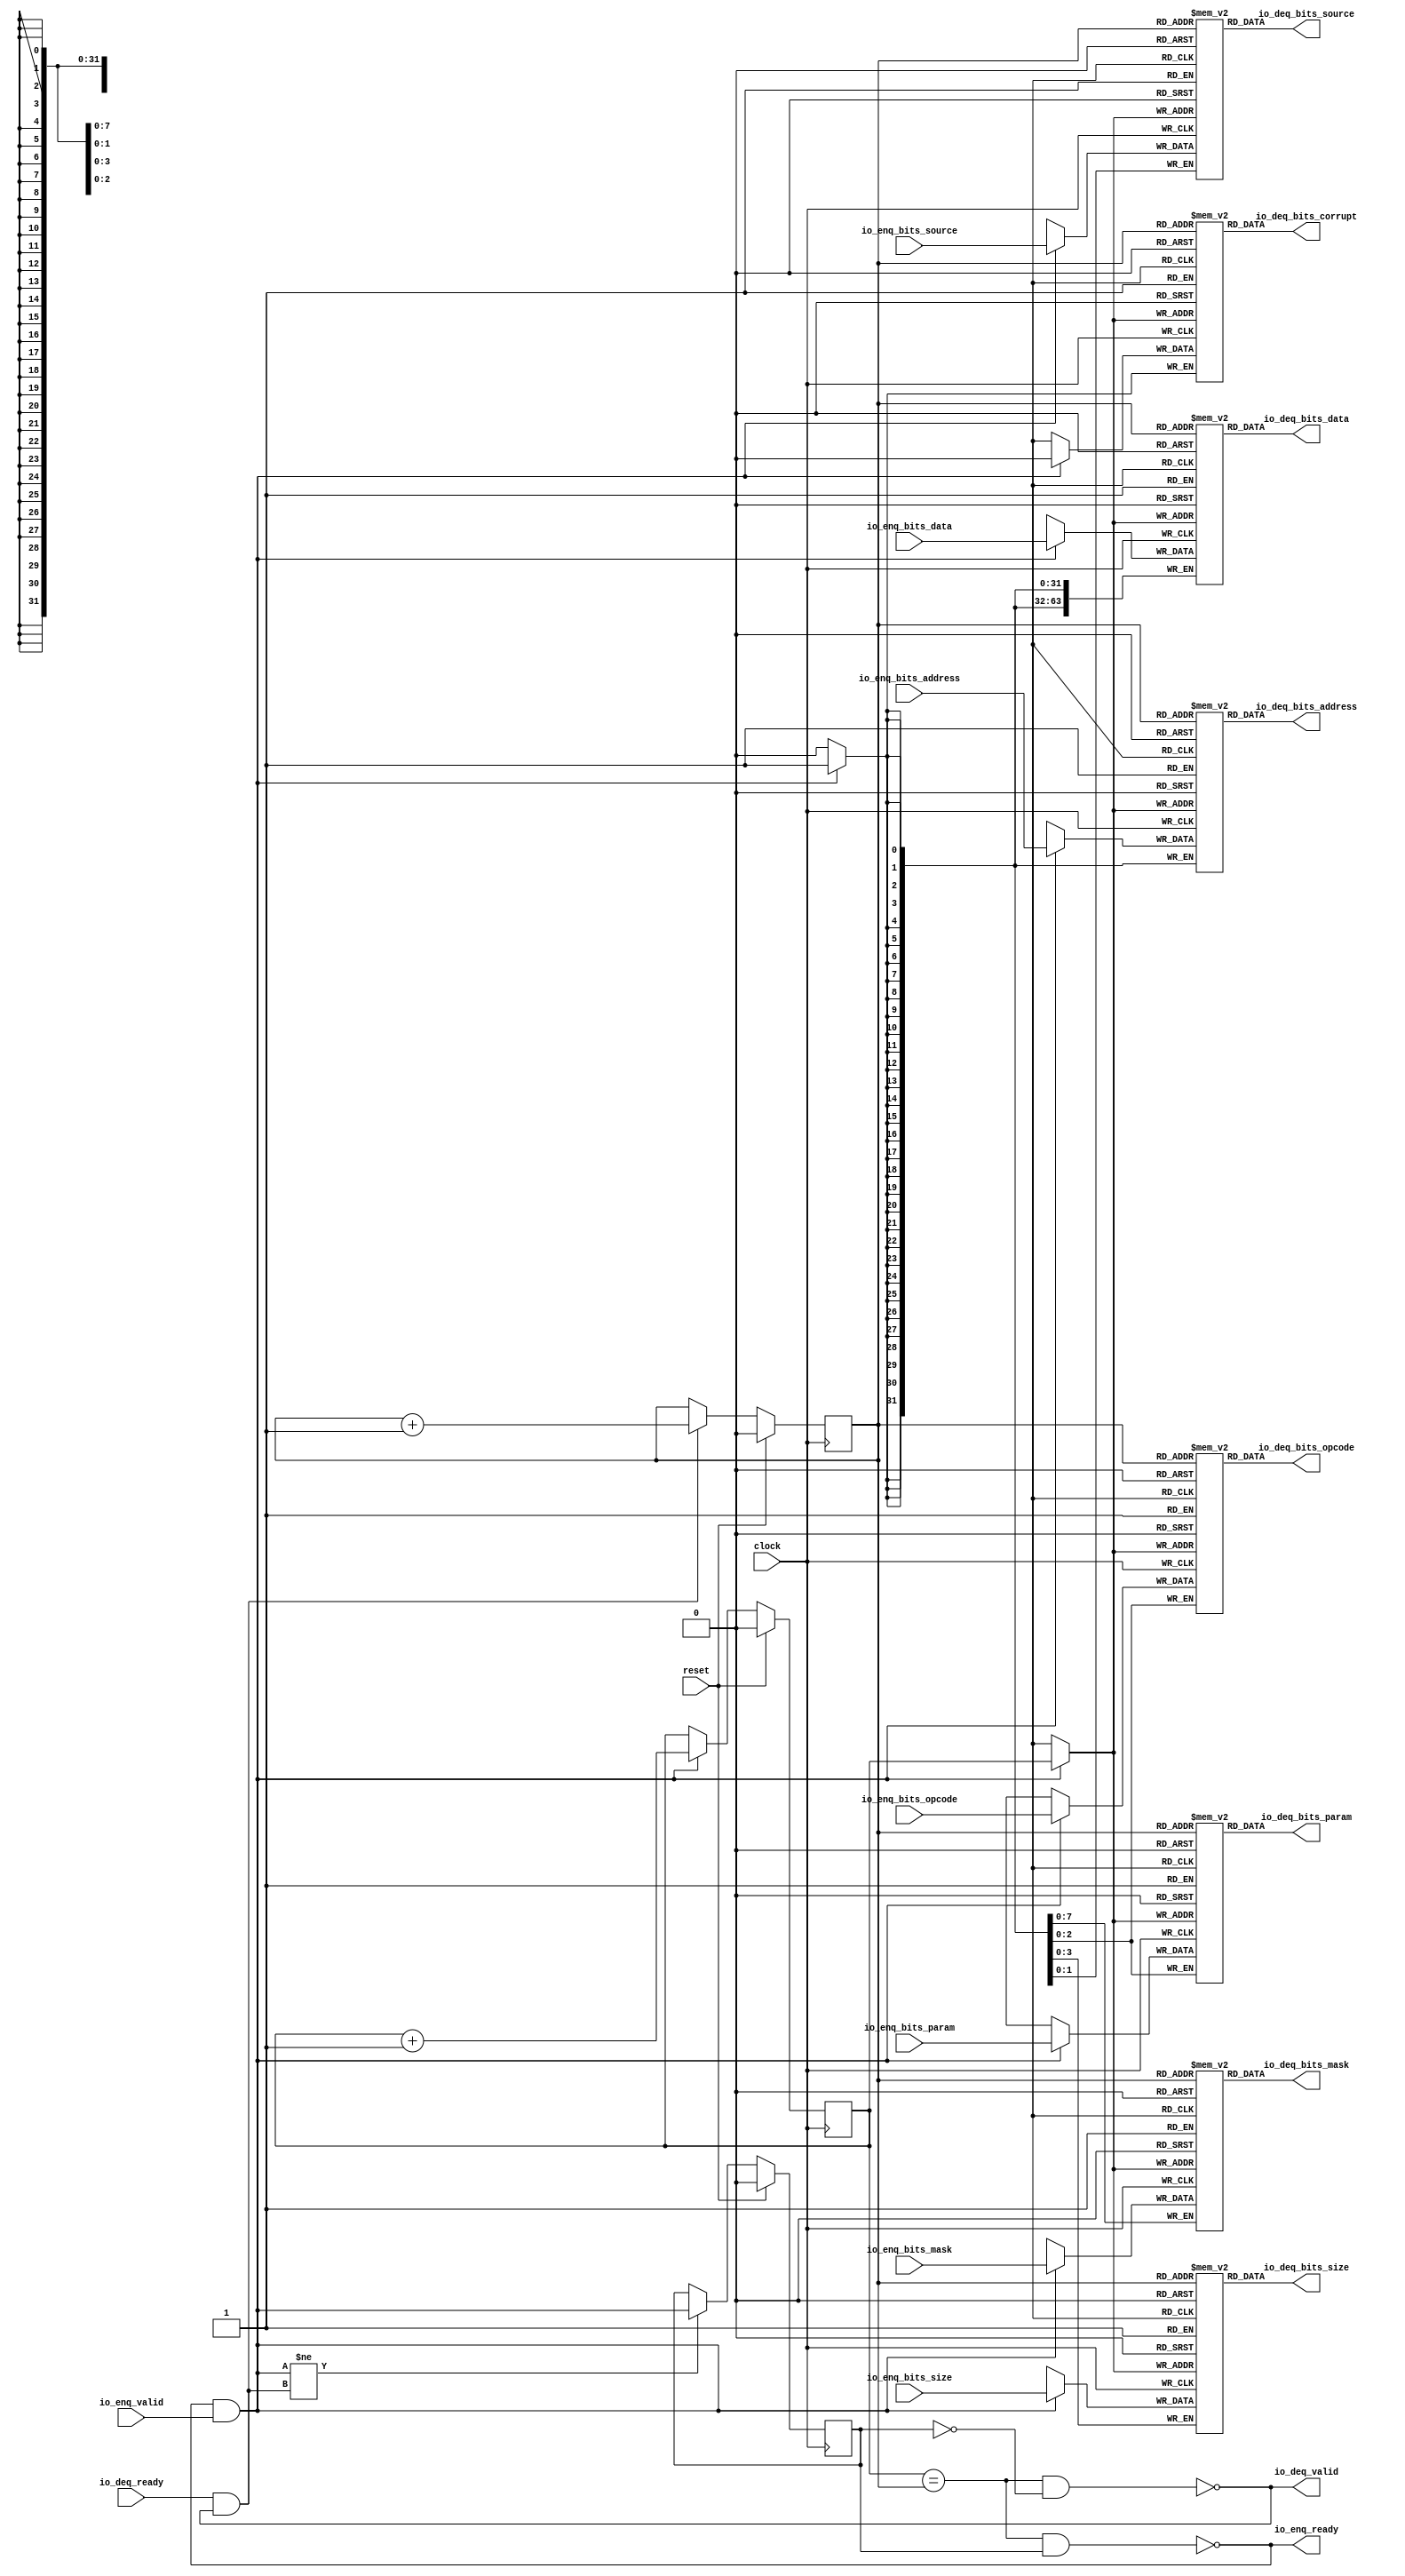
module Queue_32(
  input         clock,
  input         reset,
  output        io_enq_ready,
  input         io_enq_valid,
  input  [2:0]  io_enq_bits_opcode,
  input  [2:0]  io_enq_bits_param,
  input  [3:0]  io_enq_bits_size,
  input  [1:0]  io_enq_bits_source,
  input  [31:0] io_enq_bits_address,
  input  [7:0]  io_enq_bits_mask,
  input  [63:0] io_enq_bits_data,
  input         io_deq_ready,
  output        io_deq_valid,
  output [2:0]  io_deq_bits_opcode,
  output [2:0]  io_deq_bits_param,
  output [3:0]  io_deq_bits_size,
  output [1:0]  io_deq_bits_source,
  output [31:0] io_deq_bits_address,
  output [7:0]  io_deq_bits_mask,
  output [63:0] io_deq_bits_data,
  output        io_deq_bits_corrupt
);
`ifdef RANDOMIZE_MEM_INIT
  reg [31:0] _RAND_0;
  reg [31:0] _RAND_1;
  reg [31:0] _RAND_2;
  reg [31:0] _RAND_3;
  reg [31:0] _RAND_4;
  reg [31:0] _RAND_5;
  reg [63:0] _RAND_6;
  reg [31:0] _RAND_7;
`endif // RANDOMIZE_MEM_INIT
`ifdef RANDOMIZE_REG_INIT
  reg [31:0] _RAND_8;
  reg [31:0] _RAND_9;
  reg [31:0] _RAND_10;
`endif // RANDOMIZE_REG_INIT
  reg [2:0] ram_opcode [0:1]; // @[Decoupled.scala 259:95]
  wire  ram_opcode_io_deq_bits_MPORT_en; // @[Decoupled.scala 259:95]
  wire  ram_opcode_io_deq_bits_MPORT_addr; // @[Decoupled.scala 259:95]
  wire [2:0] ram_opcode_io_deq_bits_MPORT_data; // @[Decoupled.scala 259:95]
  wire [2:0] ram_opcode_MPORT_data; // @[Decoupled.scala 259:95]
  wire  ram_opcode_MPORT_addr; // @[Decoupled.scala 259:95]
  wire  ram_opcode_MPORT_mask; // @[Decoupled.scala 259:95]
  wire  ram_opcode_MPORT_en; // @[Decoupled.scala 259:95]
  reg [2:0] ram_param [0:1]; // @[Decoupled.scala 259:95]
  wire  ram_param_io_deq_bits_MPORT_en; // @[Decoupled.scala 259:95]
  wire  ram_param_io_deq_bits_MPORT_addr; // @[Decoupled.scala 259:95]
  wire [2:0] ram_param_io_deq_bits_MPORT_data; // @[Decoupled.scala 259:95]
  wire [2:0] ram_param_MPORT_data; // @[Decoupled.scala 259:95]
  wire  ram_param_MPORT_addr; // @[Decoupled.scala 259:95]
  wire  ram_param_MPORT_mask; // @[Decoupled.scala 259:95]
  wire  ram_param_MPORT_en; // @[Decoupled.scala 259:95]
  reg [3:0] ram_size [0:1]; // @[Decoupled.scala 259:95]
  wire  ram_size_io_deq_bits_MPORT_en; // @[Decoupled.scala 259:95]
  wire  ram_size_io_deq_bits_MPORT_addr; // @[Decoupled.scala 259:95]
  wire [3:0] ram_size_io_deq_bits_MPORT_data; // @[Decoupled.scala 259:95]
  wire [3:0] ram_size_MPORT_data; // @[Decoupled.scala 259:95]
  wire  ram_size_MPORT_addr; // @[Decoupled.scala 259:95]
  wire  ram_size_MPORT_mask; // @[Decoupled.scala 259:95]
  wire  ram_size_MPORT_en; // @[Decoupled.scala 259:95]
  reg [1:0] ram_source [0:1]; // @[Decoupled.scala 259:95]
  wire  ram_source_io_deq_bits_MPORT_en; // @[Decoupled.scala 259:95]
  wire  ram_source_io_deq_bits_MPORT_addr; // @[Decoupled.scala 259:95]
  wire [1:0] ram_source_io_deq_bits_MPORT_data; // @[Decoupled.scala 259:95]
  wire [1:0] ram_source_MPORT_data; // @[Decoupled.scala 259:95]
  wire  ram_source_MPORT_addr; // @[Decoupled.scala 259:95]
  wire  ram_source_MPORT_mask; // @[Decoupled.scala 259:95]
  wire  ram_source_MPORT_en; // @[Decoupled.scala 259:95]
  reg [31:0] ram_address [0:1]; // @[Decoupled.scala 259:95]
  wire  ram_address_io_deq_bits_MPORT_en; // @[Decoupled.scala 259:95]
  wire  ram_address_io_deq_bits_MPORT_addr; // @[Decoupled.scala 259:95]
  wire [31:0] ram_address_io_deq_bits_MPORT_data; // @[Decoupled.scala 259:95]
  wire [31:0] ram_address_MPORT_data; // @[Decoupled.scala 259:95]
  wire  ram_address_MPORT_addr; // @[Decoupled.scala 259:95]
  wire  ram_address_MPORT_mask; // @[Decoupled.scala 259:95]
  wire  ram_address_MPORT_en; // @[Decoupled.scala 259:95]
  reg [7:0] ram_mask [0:1]; // @[Decoupled.scala 259:95]
  wire  ram_mask_io_deq_bits_MPORT_en; // @[Decoupled.scala 259:95]
  wire  ram_mask_io_deq_bits_MPORT_addr; // @[Decoupled.scala 259:95]
  wire [7:0] ram_mask_io_deq_bits_MPORT_data; // @[Decoupled.scala 259:95]
  wire [7:0] ram_mask_MPORT_data; // @[Decoupled.scala 259:95]
  wire  ram_mask_MPORT_addr; // @[Decoupled.scala 259:95]
  wire  ram_mask_MPORT_mask; // @[Decoupled.scala 259:95]
  wire  ram_mask_MPORT_en; // @[Decoupled.scala 259:95]
  reg [63:0] ram_data [0:1]; // @[Decoupled.scala 259:95]
  wire  ram_data_io_deq_bits_MPORT_en; // @[Decoupled.scala 259:95]
  wire  ram_data_io_deq_bits_MPORT_addr; // @[Decoupled.scala 259:95]
  wire [63:0] ram_data_io_deq_bits_MPORT_data; // @[Decoupled.scala 259:95]
  wire [63:0] ram_data_MPORT_data; // @[Decoupled.scala 259:95]
  wire  ram_data_MPORT_addr; // @[Decoupled.scala 259:95]
  wire  ram_data_MPORT_mask; // @[Decoupled.scala 259:95]
  wire  ram_data_MPORT_en; // @[Decoupled.scala 259:95]
  reg  ram_corrupt [0:1]; // @[Decoupled.scala 259:95]
  wire  ram_corrupt_io_deq_bits_MPORT_en; // @[Decoupled.scala 259:95]
  wire  ram_corrupt_io_deq_bits_MPORT_addr; // @[Decoupled.scala 259:95]
  wire  ram_corrupt_io_deq_bits_MPORT_data; // @[Decoupled.scala 259:95]
  wire  ram_corrupt_MPORT_data; // @[Decoupled.scala 259:95]
  wire  ram_corrupt_MPORT_addr; // @[Decoupled.scala 259:95]
  wire  ram_corrupt_MPORT_mask; // @[Decoupled.scala 259:95]
  wire  ram_corrupt_MPORT_en; // @[Decoupled.scala 259:95]
  reg  value; // @[Counter.scala 62:40]
  reg  value_1; // @[Counter.scala 62:40]
  reg  maybe_full; // @[Decoupled.scala 262:27]
  wire  ptr_match = value == value_1; // @[Decoupled.scala 263:33]
  wire  empty = ptr_match & ~maybe_full; // @[Decoupled.scala 264:25]
  wire  full = ptr_match & maybe_full; // @[Decoupled.scala 265:24]
  wire  do_enq = io_enq_ready & io_enq_valid; // @[Decoupled.scala 50:35]
  wire  do_deq = io_deq_ready & io_deq_valid; // @[Decoupled.scala 50:35]
  assign ram_opcode_io_deq_bits_MPORT_en = 1'h1;
  assign ram_opcode_io_deq_bits_MPORT_addr = value_1;
  assign ram_opcode_io_deq_bits_MPORT_data = ram_opcode[ram_opcode_io_deq_bits_MPORT_addr]; // @[Decoupled.scala 259:95]
  assign ram_opcode_MPORT_data = io_enq_bits_opcode;
  assign ram_opcode_MPORT_addr = value;
  assign ram_opcode_MPORT_mask = 1'h1;
  assign ram_opcode_MPORT_en = io_enq_ready & io_enq_valid;
  assign ram_param_io_deq_bits_MPORT_en = 1'h1;
  assign ram_param_io_deq_bits_MPORT_addr = value_1;
  assign ram_param_io_deq_bits_MPORT_data = ram_param[ram_param_io_deq_bits_MPORT_addr]; // @[Decoupled.scala 259:95]
  assign ram_param_MPORT_data = io_enq_bits_param;
  assign ram_param_MPORT_addr = value;
  assign ram_param_MPORT_mask = 1'h1;
  assign ram_param_MPORT_en = io_enq_ready & io_enq_valid;
  assign ram_size_io_deq_bits_MPORT_en = 1'h1;
  assign ram_size_io_deq_bits_MPORT_addr = value_1;
  assign ram_size_io_deq_bits_MPORT_data = ram_size[ram_size_io_deq_bits_MPORT_addr]; // @[Decoupled.scala 259:95]
  assign ram_size_MPORT_data = io_enq_bits_size;
  assign ram_size_MPORT_addr = value;
  assign ram_size_MPORT_mask = 1'h1;
  assign ram_size_MPORT_en = io_enq_ready & io_enq_valid;
  assign ram_source_io_deq_bits_MPORT_en = 1'h1;
  assign ram_source_io_deq_bits_MPORT_addr = value_1;
  assign ram_source_io_deq_bits_MPORT_data = ram_source[ram_source_io_deq_bits_MPORT_addr]; // @[Decoupled.scala 259:95]
  assign ram_source_MPORT_data = io_enq_bits_source;
  assign ram_source_MPORT_addr = value;
  assign ram_source_MPORT_mask = 1'h1;
  assign ram_source_MPORT_en = io_enq_ready & io_enq_valid;
  assign ram_address_io_deq_bits_MPORT_en = 1'h1;
  assign ram_address_io_deq_bits_MPORT_addr = value_1;
  assign ram_address_io_deq_bits_MPORT_data = ram_address[ram_address_io_deq_bits_MPORT_addr]; // @[Decoupled.scala 259:95]
  assign ram_address_MPORT_data = io_enq_bits_address;
  assign ram_address_MPORT_addr = value;
  assign ram_address_MPORT_mask = 1'h1;
  assign ram_address_MPORT_en = io_enq_ready & io_enq_valid;
  assign ram_mask_io_deq_bits_MPORT_en = 1'h1;
  assign ram_mask_io_deq_bits_MPORT_addr = value_1;
  assign ram_mask_io_deq_bits_MPORT_data = ram_mask[ram_mask_io_deq_bits_MPORT_addr]; // @[Decoupled.scala 259:95]
  assign ram_mask_MPORT_data = io_enq_bits_mask;
  assign ram_mask_MPORT_addr = value;
  assign ram_mask_MPORT_mask = 1'h1;
  assign ram_mask_MPORT_en = io_enq_ready & io_enq_valid;
  assign ram_data_io_deq_bits_MPORT_en = 1'h1;
  assign ram_data_io_deq_bits_MPORT_addr = value_1;
  assign ram_data_io_deq_bits_MPORT_data = ram_data[ram_data_io_deq_bits_MPORT_addr]; // @[Decoupled.scala 259:95]
  assign ram_data_MPORT_data = io_enq_bits_data;
  assign ram_data_MPORT_addr = value;
  assign ram_data_MPORT_mask = 1'h1;
  assign ram_data_MPORT_en = io_enq_ready & io_enq_valid;
  assign ram_corrupt_io_deq_bits_MPORT_en = 1'h1;
  assign ram_corrupt_io_deq_bits_MPORT_addr = value_1;
  assign ram_corrupt_io_deq_bits_MPORT_data = ram_corrupt[ram_corrupt_io_deq_bits_MPORT_addr]; // @[Decoupled.scala 259:95]
  assign ram_corrupt_MPORT_data = 1'h0;
  assign ram_corrupt_MPORT_addr = value;
  assign ram_corrupt_MPORT_mask = 1'h1;
  assign ram_corrupt_MPORT_en = io_enq_ready & io_enq_valid;
  assign io_enq_ready = ~full; // @[Decoupled.scala 289:19]
  assign io_deq_valid = ~empty; // @[Decoupled.scala 288:19]
  assign io_deq_bits_opcode = ram_opcode_io_deq_bits_MPORT_data; // @[Decoupled.scala 296:17]
  assign io_deq_bits_param = ram_param_io_deq_bits_MPORT_data; // @[Decoupled.scala 296:17]
  assign io_deq_bits_size = ram_size_io_deq_bits_MPORT_data; // @[Decoupled.scala 296:17]
  assign io_deq_bits_source = ram_source_io_deq_bits_MPORT_data; // @[Decoupled.scala 296:17]
  assign io_deq_bits_address = ram_address_io_deq_bits_MPORT_data; // @[Decoupled.scala 296:17]
  assign io_deq_bits_mask = ram_mask_io_deq_bits_MPORT_data; // @[Decoupled.scala 296:17]
  assign io_deq_bits_data = ram_data_io_deq_bits_MPORT_data; // @[Decoupled.scala 296:17]
  assign io_deq_bits_corrupt = ram_corrupt_io_deq_bits_MPORT_data; // @[Decoupled.scala 296:17]
  always @(posedge clock) begin
    if (ram_opcode_MPORT_en & ram_opcode_MPORT_mask) begin
      ram_opcode[ram_opcode_MPORT_addr] <= ram_opcode_MPORT_data; // @[Decoupled.scala 259:95]
    end
    if (ram_param_MPORT_en & ram_param_MPORT_mask) begin
      ram_param[ram_param_MPORT_addr] <= ram_param_MPORT_data; // @[Decoupled.scala 259:95]
    end
    if (ram_size_MPORT_en & ram_size_MPORT_mask) begin
      ram_size[ram_size_MPORT_addr] <= ram_size_MPORT_data; // @[Decoupled.scala 259:95]
    end
    if (ram_source_MPORT_en & ram_source_MPORT_mask) begin
      ram_source[ram_source_MPORT_addr] <= ram_source_MPORT_data; // @[Decoupled.scala 259:95]
    end
    if (ram_address_MPORT_en & ram_address_MPORT_mask) begin
      ram_address[ram_address_MPORT_addr] <= ram_address_MPORT_data; // @[Decoupled.scala 259:95]
    end
    if (ram_mask_MPORT_en & ram_mask_MPORT_mask) begin
      ram_mask[ram_mask_MPORT_addr] <= ram_mask_MPORT_data; // @[Decoupled.scala 259:95]
    end
    if (ram_data_MPORT_en & ram_data_MPORT_mask) begin
      ram_data[ram_data_MPORT_addr] <= ram_data_MPORT_data; // @[Decoupled.scala 259:95]
    end
    if (ram_corrupt_MPORT_en & ram_corrupt_MPORT_mask) begin
      ram_corrupt[ram_corrupt_MPORT_addr] <= ram_corrupt_MPORT_data; // @[Decoupled.scala 259:95]
    end
    if (reset) begin // @[Counter.scala 62:40]
      value <= 1'h0; // @[Counter.scala 62:40]
    end else if (do_enq) begin // @[Decoupled.scala 272:16]
      value <= value + 1'h1; // @[Counter.scala 78:15]
    end
    if (reset) begin // @[Counter.scala 62:40]
      value_1 <= 1'h0; // @[Counter.scala 62:40]
    end else if (do_deq) begin // @[Decoupled.scala 276:16]
      value_1 <= value_1 + 1'h1; // @[Counter.scala 78:15]
    end
    if (reset) begin // @[Decoupled.scala 262:27]
      maybe_full <= 1'h0; // @[Decoupled.scala 262:27]
    end else if (do_enq != do_deq) begin // @[Decoupled.scala 279:27]
      maybe_full <= do_enq; // @[Decoupled.scala 280:16]
    end
  end
// Register and memory initialization
`ifdef RANDOMIZE_GARBAGE_ASSIGN
`define RANDOMIZE
`endif
`ifdef RANDOMIZE_INVALID_ASSIGN
`define RANDOMIZE
`endif
`ifdef RANDOMIZE_REG_INIT
`define RANDOMIZE
`endif
`ifdef RANDOMIZE_MEM_INIT
`define RANDOMIZE
`endif
`ifndef RANDOM
`define RANDOM $random
`endif
`ifdef RANDOMIZE_MEM_INIT
  integer initvar;
`endif
`ifndef SYNTHESIS
`ifdef FIRRTL_BEFORE_INITIAL
`FIRRTL_BEFORE_INITIAL
`endif
initial begin
  `ifdef RANDOMIZE
    `ifdef INIT_RANDOM
      `INIT_RANDOM
    `endif
    `ifndef VERILATOR
      `ifdef RANDOMIZE_DELAY
        #`RANDOMIZE_DELAY begin end
      `else
        #0.002 begin end
      `endif
    `endif
`ifdef RANDOMIZE_MEM_INIT
  _RAND_0 = {1{`RANDOM}};
  for (initvar = 0; initvar < 2; initvar = initvar+1)
    ram_opcode[initvar] = _RAND_0[2:0];
  _RAND_1 = {1{`RANDOM}};
  for (initvar = 0; initvar < 2; initvar = initvar+1)
    ram_param[initvar] = _RAND_1[2:0];
  _RAND_2 = {1{`RANDOM}};
  for (initvar = 0; initvar < 2; initvar = initvar+1)
    ram_size[initvar] = _RAND_2[3:0];
  _RAND_3 = {1{`RANDOM}};
  for (initvar = 0; initvar < 2; initvar = initvar+1)
    ram_source[initvar] = _RAND_3[1:0];
  _RAND_4 = {1{`RANDOM}};
  for (initvar = 0; initvar < 2; initvar = initvar+1)
    ram_address[initvar] = _RAND_4[31:0];
  _RAND_5 = {1{`RANDOM}};
  for (initvar = 0; initvar < 2; initvar = initvar+1)
    ram_mask[initvar] = _RAND_5[7:0];
  _RAND_6 = {2{`RANDOM}};
  for (initvar = 0; initvar < 2; initvar = initvar+1)
    ram_data[initvar] = _RAND_6[63:0];
  _RAND_7 = {1{`RANDOM}};
  for (initvar = 0; initvar < 2; initvar = initvar+1)
    ram_corrupt[initvar] = _RAND_7[0:0];
`endif // RANDOMIZE_MEM_INIT
`ifdef RANDOMIZE_REG_INIT
  _RAND_8 = {1{`RANDOM}};
  value = _RAND_8[0:0];
  _RAND_9 = {1{`RANDOM}};
  value_1 = _RAND_9[0:0];
  _RAND_10 = {1{`RANDOM}};
  maybe_full = _RAND_10[0:0];
`endif // RANDOMIZE_REG_INIT
  `endif // RANDOMIZE
end // initial
`ifdef FIRRTL_AFTER_INITIAL
`FIRRTL_AFTER_INITIAL
`endif
`endif // SYNTHESIS
endmodule